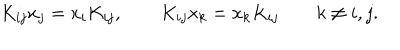
K _ { i j } x _ { j } = x _ { i } K _ { i j } , \qquad K _ { i j } x _ { k } = x _ { k } K _ { i j } \qquad k \ne i , j .